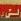
لن